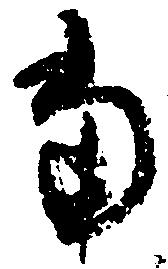
当